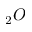
_ { 2 } O